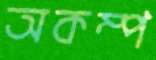
অকম্প